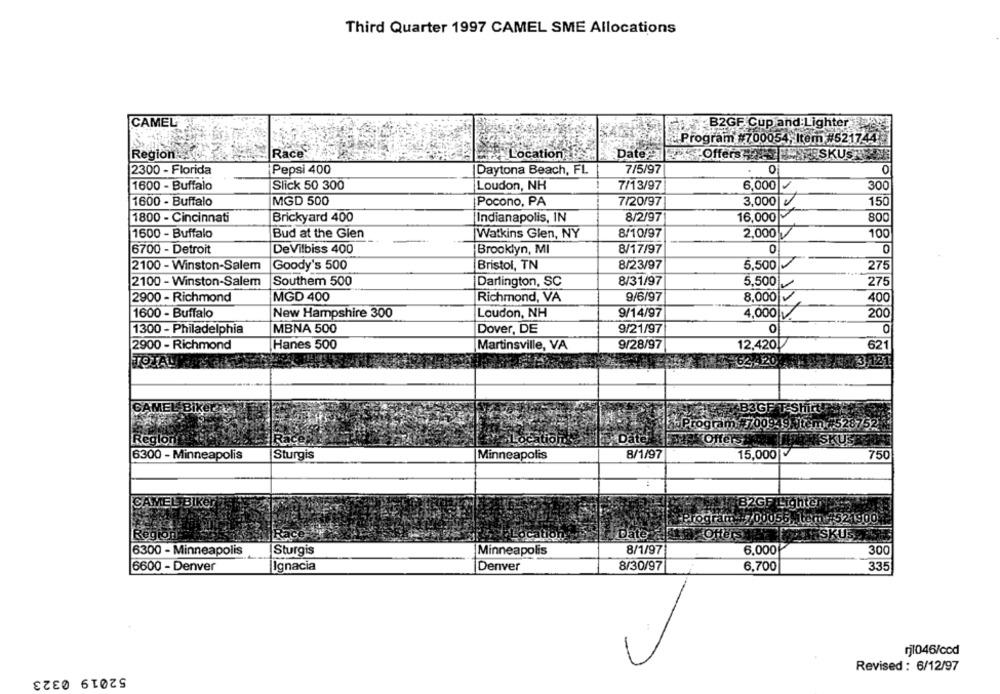
Third Quarter 1997 CAMEL SME Allocations
CAMEL
B2GF Cup and:Lighter
Program #700054, Item #521744
Region
Race
Location
Date
Date Offers
NYSSKUST
2300 - Florida
Pepsi 400
|Daytona Beach, FL
7/5/97
0
0
1600 - Buffalo
Slick 50 300
Loudon, NH
7/13/97
6,000
300
MGD 500
1600 - Buffalo
|Pocono, PA
7/20/97
3,000
150
1800 - Cincinnati
Brickyard 400
|Indianapolis, IN
8/2/97
16,000
800
1600 - Buffalo
Bud at the Glen
Watkins Glen, NY
8/10/97
2,000
100
DADA
6700 - Detroit
DeVilbiss 400
8/17/97
0
0
Brooklyn, MI
2100 - Winston-Salem
Goody's 500
Bristol, TN
8/23/97
5,500
275
2100 - Winston-Salem
Southem 500
Darlington, SC
8/31/97
5,500
275
2900 - Richmond
MGD 400
Richmond, VA
9/6/97
8,000
400
1600 - Buffalo
New Hampshire 300
Loudon, NH
9/14/97
4.000 V.
200
1300 - Philadelphia
MBNA 500
Dover, DE
9/21/97
O
2900 - Richmond
Hanes 500
Martinsville, VA
9/28/97
12,420
621
GA20
TOTAL
-B3GFT
Program
#7009
19 item #528752
Region
ice
Date
Offers
SKUS
6300 - Minneapolis
Sturgis
Minneapolis
8/1/97
15,000
750
CAMEL BIKE !!
B2GF Lighter
Program: 700056 em #521900
Race
Date
Offers
SK
Region
427Location
6300 - Minneapolis
Sturgis
Minneapolis
8/1/97
6.000
300
6600 - Denver
Ignacia
Denver
8/30/97
6.700
335
rj1046/ccd
52019 0323
Revised : 6/12/97